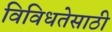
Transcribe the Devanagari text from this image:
विविधतेसाठी